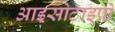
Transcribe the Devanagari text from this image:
आइसोटाइपों